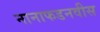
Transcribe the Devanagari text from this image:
नानाफडनवीस